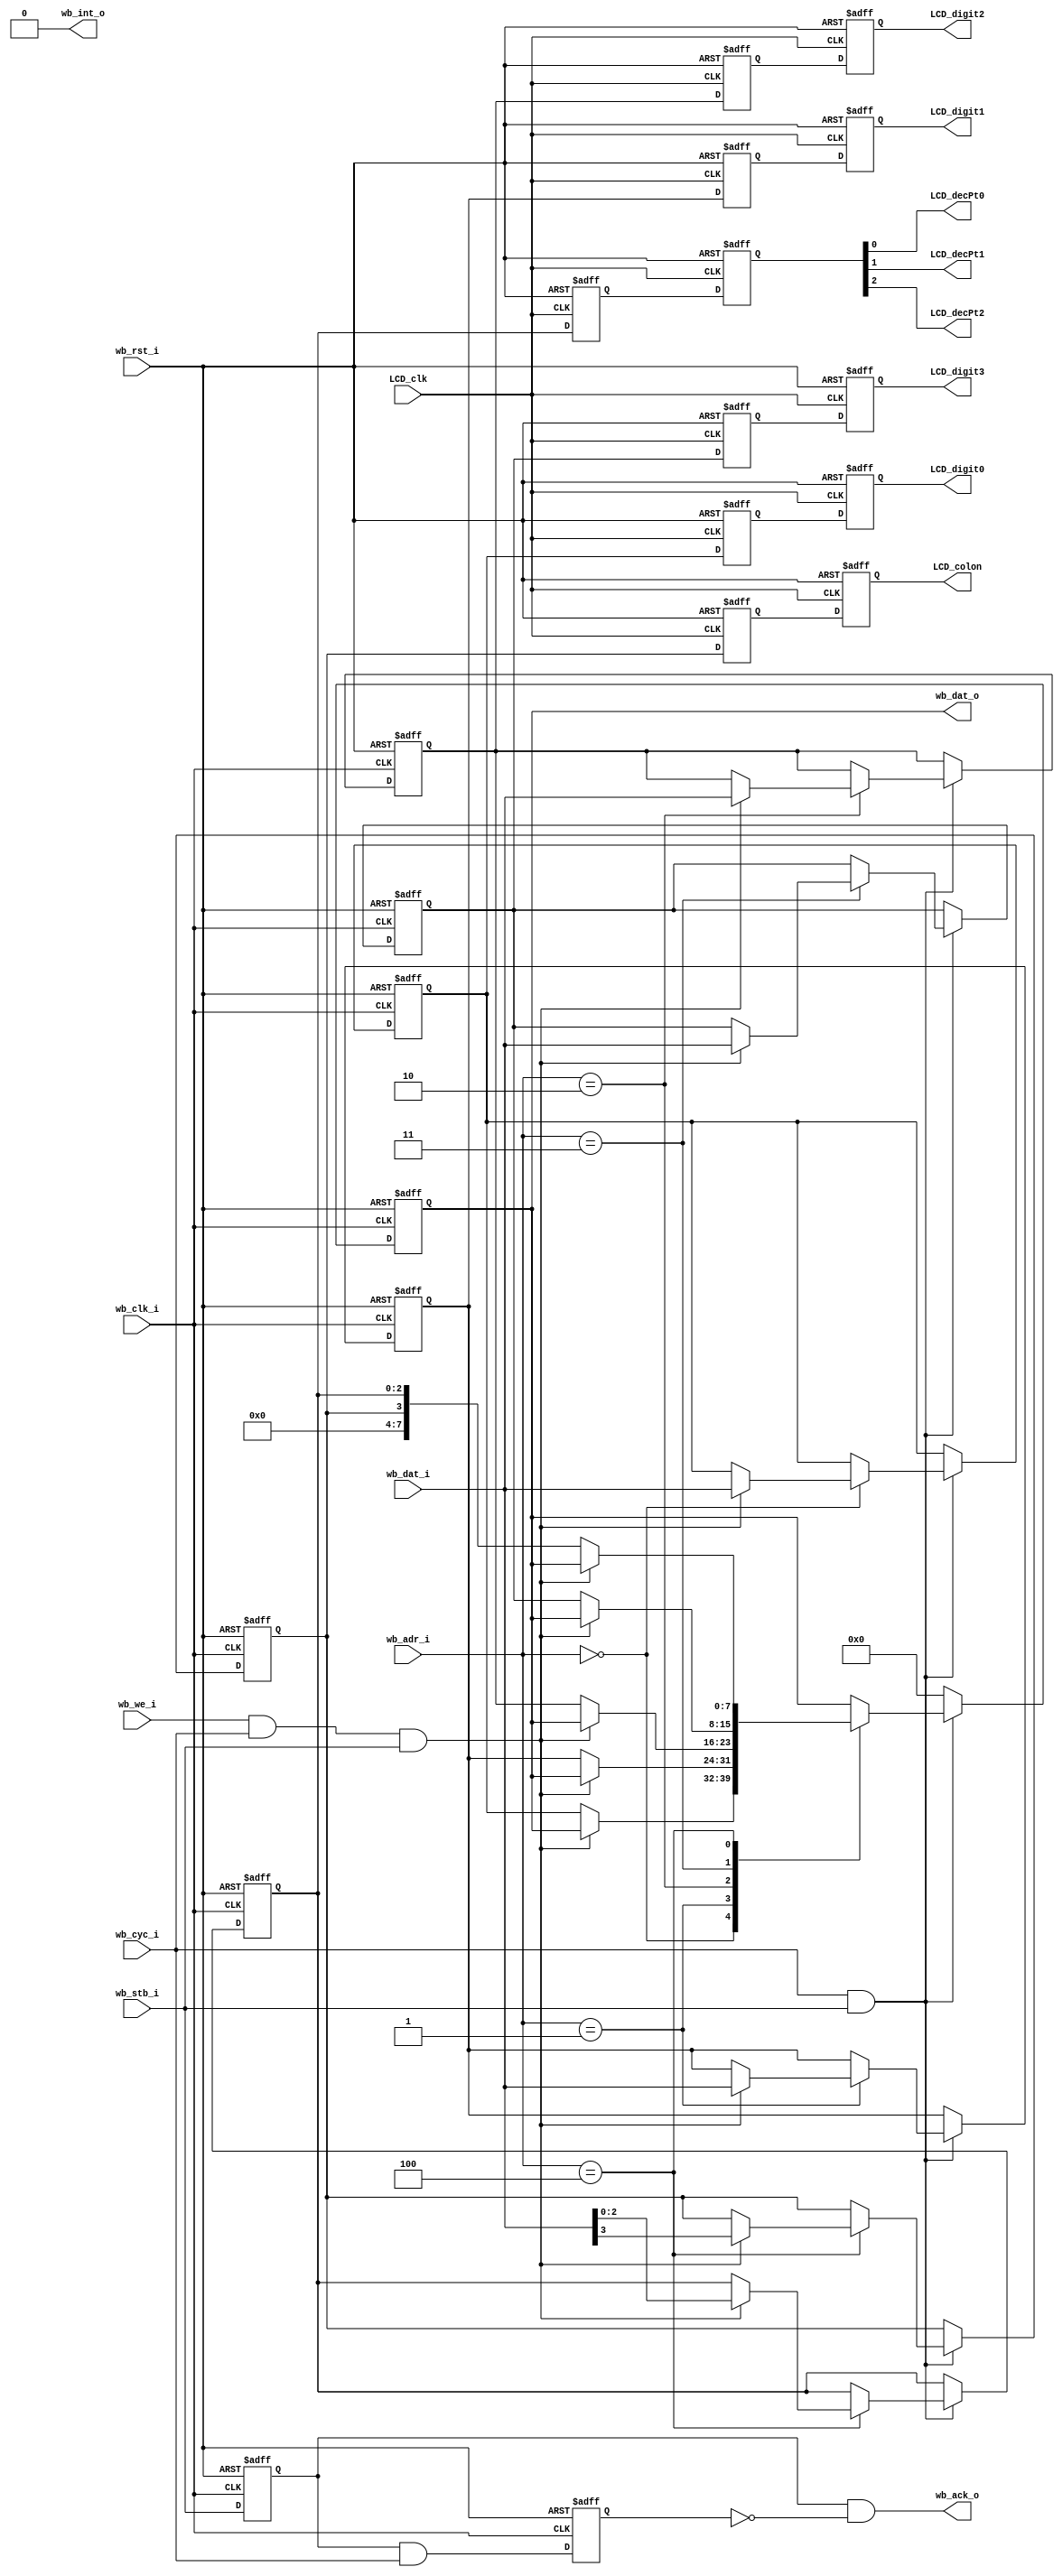
//////////////////////////////////////////////////////////////////////
//
// 8 bit WISHBONE SLAVE REGISTER MEMORY MAPPED MODULE
//
// Common template for memory-mapped interface to a module's
// control and status registers.  
// Intended for control plane type access, not high-thruput
// data access since it does not support bursts.
// This only supports Classic, registered cycle access.
// None-block mode.  One Rd/Wr per cycle.
//
// Big Endian bus orientation
// Byte lane selects are supported.
/////////////////////////////////////////////////////////////////////

// 
//



module wb2lcd
(
	// Wishbone bus interface signals
	input         wb_clk_i,
	input         wb_rst_i,

	input  [7:0] wb_dat_i,
	input  [3:0] wb_adr_i,
	input         wb_cyc_i,
	input         wb_stb_i,
	input         wb_we_i,  
	output [7:0] wb_dat_o,
	output        wb_ack_o,
	output  wire      wb_int_o,

	//////////// Module Specific Signals ///////////
	input  wire		LCD_clk,
	output reg [7:0]	LCD_digit0,
	output reg [7:0]	LCD_digit1,
	output reg [7:0]	LCD_digit2,
	output reg [7:0]	LCD_digit3,
	output wire 		LCD_decPt0,
	output wire 		LCD_decPt1,
	output wire 		LCD_decPt2,
	output wire 		LCD_colon
);


localparam	DIGIT0=			4'd0;
localparam	DIGIT1=			4'd1;
localparam	DIGIT2=			4'd2;
localparam	DIGIT3=			4'd3;
localparam	EXTRAS=			4'd4;


	//////////// Common Wishbone Bus Control/Response Signals ///////////
	reg 		wb_stb_d1;
	reg 		wb_stb_d2;
	reg [7:0]	wb_dat_local;

	wire rd, wr;


	assign rd = ~wb_we_i && wb_cyc_i && wb_stb_i;    
	assign wr = wb_we_i && wb_cyc_i && wb_stb_i;

	assign wb_dat_o = wb_dat_local;
	assign wb_ack_o = wb_stb_d1 & ~wb_stb_d2;

	assign wb_int_o = 1'b0;
 

	//////////// Module Specific Registers and Signals ///////////
	/////////////////////////////////////////////////////////////////
	//               LCD CLOCK DOMAIN REGSITERS
	/////////////////////////////////////////////////////////////////
	reg		colon; 
	reg [2:0]	dot; 

	reg [7:0]	lcd_LCD_digit0;
	reg [7:0]	lcd_LCD_digit1;
	reg [7:0]	lcd_LCD_digit2;
	reg [7:0]	lcd_LCD_digit3;
	reg 		lcd_colon; 
	reg [2:0] 	lcd_dot; 

	/////////////////////////////////////////////////////////////////
	//             WISHBONE CLOCK DOMAIN REGSITERS
	/////////////////////////////////////////////////////////////////
	reg [7:0]	wb_LCD_digit0;
	reg [7:0]	wb_LCD_digit1;
	reg [7:0]	wb_LCD_digit2;
	reg [7:0]	wb_LCD_digit3;
	reg 		wb_colon; 
	reg [2:0] 	wb_dot; 


	assign 	LCD_decPt0 = dot[0];
	assign 	LCD_decPt1 = dot[1];
	assign 	LCD_decPt2 = dot[2];
	assign  LCD_colon  = colon;


	// Pipeline STB for ACK so its generated on next clock
	// so there is time to register in wb_dat_local for response back.
	// Need to pipeline the write side to allow the read side time to read data
	always @(posedge wb_clk_i or posedge wb_rst_i )
	begin
		if (wb_rst_i)
    			wb_stb_d1 <= 1'b0;    
		else
			wb_stb_d1 <= wb_stb_i;
	end

	always @(posedge wb_clk_i or posedge wb_rst_i )
	begin
		if (wb_rst_i)
    			wb_stb_d2 <= 1'b0;    
		else
			wb_stb_d2 <= wb_stb_d1 & wb_cyc_i;
	end


	//////////// Access Module Specific Registers and Signals ///////////
	always @(posedge wb_clk_i or posedge wb_rst_i )
	begin
  		if (wb_rst_i)
  		begin
			// Reset all Module Registers Here
        		wb_dat_local <= 8'h00;    

			wb_LCD_digit0 <= 8'h00;
			wb_LCD_digit1 <= 8'h00;
			wb_LCD_digit2 <= 8'h00;
			wb_LCD_digit3 <= 8'h00;
			wb_colon <= 1'b0; 
			wb_dot <= 3'b000; 
		end
  
  		else if (wb_cyc_i && wb_stb_i)
		begin
			// Read/Write all Module Registers Here

			case (wb_adr_i)

				DIGIT0:
				begin
					if (wr)
						wb_LCD_digit0<= wb_dat_i;
					else
					  	wb_dat_local <= wb_LCD_digit0;
				end
				
				DIGIT1:
				begin
					if (wr)
						wb_LCD_digit1<= wb_dat_i;
					else
					  	wb_dat_local <= wb_LCD_digit1;
				end
				
				DIGIT2:
				begin
					if (wr)
						wb_LCD_digit2<= wb_dat_i;
					else
					  	wb_dat_local <= wb_LCD_digit2;
				end
				
				DIGIT3:
				begin
					if (wr)
						wb_LCD_digit3<= wb_dat_i;
					else
					  	wb_dat_local <= wb_LCD_digit3;
				end
				

				EXTRAS: //
				begin
					if (wr)
					begin
						wb_colon <= wb_dat_i[3];
						wb_dot <= wb_dat_i[2:0];
					end
					else
					begin
					  	wb_dat_local <= {4'b0000,wb_colon,wb_dot};
					end
				end

			endcase
		end  // valid cycle

  		else  // Default things to do when not being accessed
  		begin
        		wb_dat_local <= 8'h00;    
		end

	end // always


	//
	// clock Domain Crossing between wishbone (CPU) clock and the lower
	// speed (2 MHz) LCD driver clock
	//
	always @(posedge LCD_clk or posedge wb_rst_i )
	begin
		if (wb_rst_i)
		begin
			LCD_digit0 <= 8'h00;
			LCD_digit1 <= 8'h00;
			LCD_digit2 <= 8'h00;
			LCD_digit3 <= 8'h00;
			colon <= 1'b0;
			dot <= 3'b000;
			lcd_LCD_digit0 <= 8'h00;
			lcd_LCD_digit1 <= 8'h00;
			lcd_LCD_digit2 <= 8'h00;
			lcd_LCD_digit3 <= 8'h00;
			lcd_colon <= 1'b0; 
			lcd_dot <= 3'b000; 
		end
		else
		begin
			// Double clock to transfer domains
			lcd_LCD_digit0 <= wb_LCD_digit0;
			lcd_LCD_digit1 <= wb_LCD_digit1;
			lcd_LCD_digit2 <= wb_LCD_digit2;
			lcd_LCD_digit3 <= wb_LCD_digit3;
			lcd_colon <= wb_colon; 
			lcd_dot <= wb_dot; 

			LCD_digit0 <= lcd_LCD_digit0;
			LCD_digit1 <= lcd_LCD_digit1;
			LCD_digit2 <= lcd_LCD_digit2;
			LCD_digit3 <= lcd_LCD_digit3;
			colon <= lcd_colon; 
			dot <= lcd_dot; 
		end
	end



endmodule